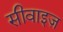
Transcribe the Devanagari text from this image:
सीवाइज़